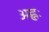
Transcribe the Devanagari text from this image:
अह्नः